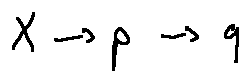
X \rightarrow p \rightarrow q